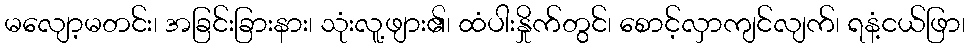
မလျော့မတင်း၊ အခြင်းခြားနား၊ သုံးလူ့ဖျား၏၊ ထံပါးနှိုက်တွင်၊ စောင့်လှာကျင်လျက်၊ ရနံ့ငယ်ဖြာ၊